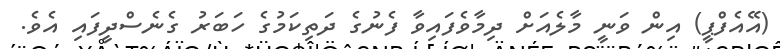
(އޭއެފްޕީ) އިން ވަނީ މާލެއަށް ދިމާވެފައިވާ ފެނުގެ ދަތިކަމުގެ ހަބަރު ގެނެސްދީފައި އެވެ.